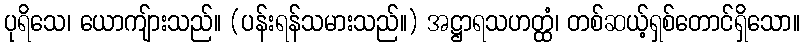
ပုရိသေ၊ ယောကျ်ားသည်။ (ပန်းရန်သမားသည်။) အဋ္ဌာရသဟတ္ထံ၊ တစ်ဆယ့်ရှစ်တောင်ရှိသော။